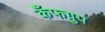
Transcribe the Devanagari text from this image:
कँफग्रुप